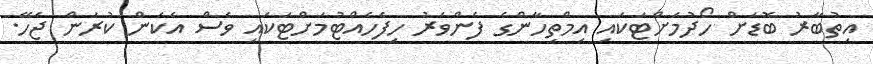
އިތުބާރު ބޮޑަށް ހޯދުމަށްޓަކައި އިމްތިހާންގެ ފެންވަރު ހިފެހެއްޓުމަށްޓަކައި ވެސް އެކަން ކުރަން ޖެހޭ.